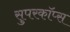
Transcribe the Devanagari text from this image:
सुपरकॉप्स